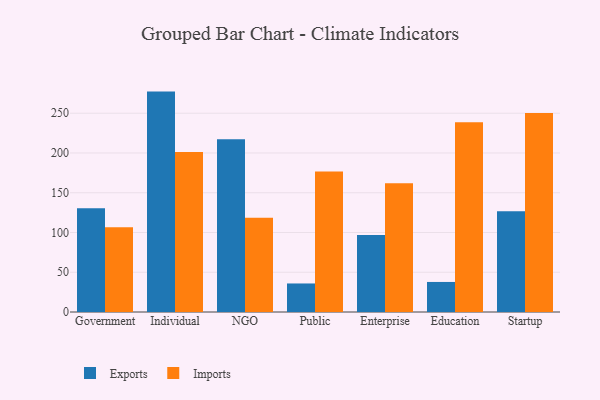
{"axis": {"x": "Segment", "y": "Gross Profit (USD K)"}, "legend": ["Exports", "Imports"], "data": [{"x": "Government", "y": 130.4, "type": "Exports"}, {"x": "Government", "y": 106.7, "type": "Imports"}, {"x": "Individual", "y": 277.2, "type": "Exports"}, {"x": "Individual", "y": 201.1, "type": "Imports"}, {"x": "NGO", "y": 217.2, "type": "Exports"}, {"x": "NGO", "y": 118.4, "type": "Imports"}, {"x": "Public", "y": 35.9, "type": "Exports"}, {"x": "Public", "y": 176.8, "type": "Imports"}, {"x": "Enterprise", "y": 97.0, "type": "Exports"}, {"x": "Enterprise", "y": 161.9, "type": "Imports"}, {"x": "Education", "y": 37.8, "type": "Exports"}, {"x": "Education", "y": 238.7, "type": "Imports"}, {"x": "Startup", "y": 126.6, "type": "Exports"}, {"x": "Startup", "y": 250.3, "type": "Imports"}]}